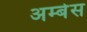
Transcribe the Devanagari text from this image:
अम्बेस